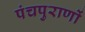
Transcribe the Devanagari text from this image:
पंचपुराणों